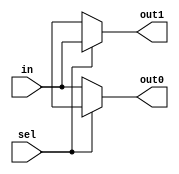
module demux_2line_8bit(
    input [7:0] in,
    input sel,
    output [7:0] out0,
    output [7:0] out1
);
    assign out0 = sel ? 8'bx : in;
    assign out1 = sel ? in : 8'bx;
endmodule